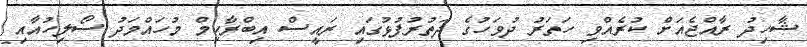
ޝާހިދު ރާއްޖެއަށް ކުރެއްވި ހަތަރު ދުވަހުގެ ދަތުރުފުޅުގައި ރައީސް އިބްރާހިމް މުހައްމަދު ސޯލިހުއާއި